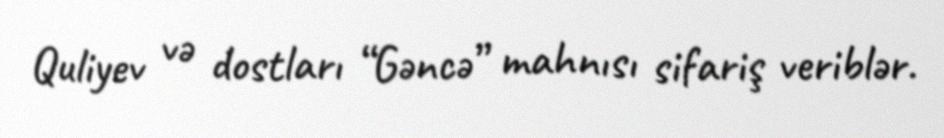
Quliyev və dostları “Gəncə” mahnısı sifariş veriblər.